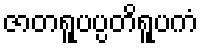
ဇာတရူပပ္ပတိရူပကံ